Civil Veterinary Department Bihar & Orissa reports 1929-36 - 1929-1936
Year: 1929
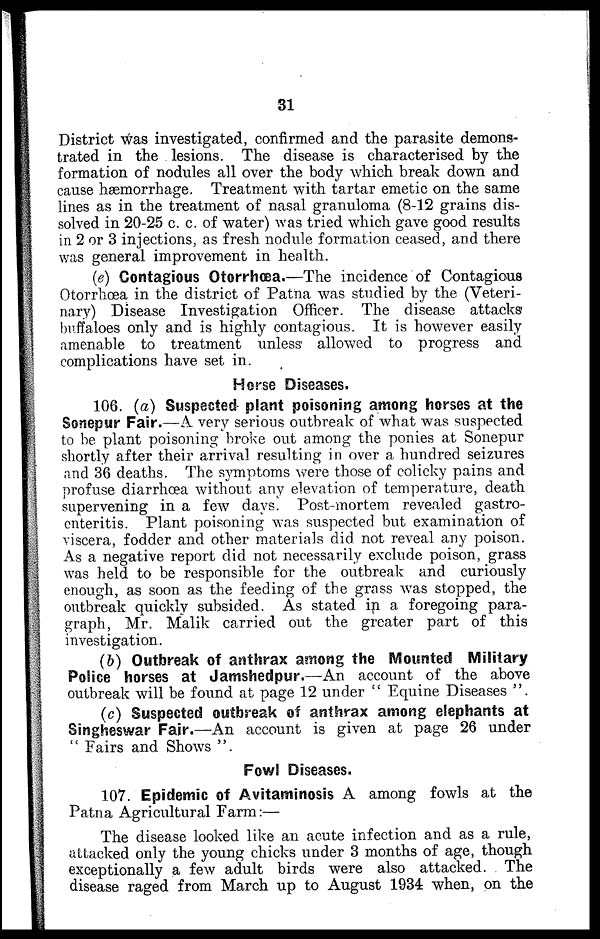
31
District was investigated, confirmed and the parasite demons-
trated in the lesions. The disease is characterised by the
formation of nodules all over the body which break down and
cause hæmorrhage. Treatment with tartar emetic on the same
lines as in the treatment of nasal granuloma (8-12 grains dis-
solved in 20-25 c. c. of water) was tried which gave good results
in 2 or 3 injections, as fresh nodule formation ceased, and there
was general improvement in health.
(e) Contagious Otorrhæa.—The incidence of Contagious
Otorrhæa in the district of Patna was studied by the (Veteri-
nary) Disease Investigation Officer. The disease attacks
buffaloes only and is highly contagious. It is however easily
amenable to treatment unless allowed to progress and
complications have set in.
Horse Diseases.
106. (a) Suspected plant poisoning among horses at the
Sonepur Fair.—A very serious outbreak of what was suspected
to be plant poisoning broke out among the ponies at Sonepur
shortly after their arrival resulting in over a hundred seizures
and 36 deaths. The symptoms were those of colicky pains and
profuse diarrhoea without any elevation of temperature, death
supervening in a few days. Post-mortem revealed gastro-
enteritis. Plant poisoning was suspected but examination of
viscera, fodder and other materials did not reveal any poison.
As a negative report did not necessarily exclude poison, grass
was held to be responsible for the outbreak and curiously
enough, as soon as the feeding of the grass was stopped, the
outbreak quickly subsided. As stated in a foregoing para-
graph, Mr. Malik carried out the greater part of this
investigation.
(b) Outbreak of anthrax among the Mounted Military
Police horses at Jamshedpur.—An account of the above
outbreak will be found at page 12 under " Equine Diseases ".
(c) Suspected outbreak of anthrax among elephants at
Singheswar Fair.—An account is given at page 26 under
Fairs and Shows ".
Fowl Diseases.
107. Epidemic of Avitaminosis A among fowls at the
Patna Agricultural Farm:—
The disease looked like an acute infection and as a rule,
attacked only the young chicks under 3 months of age, though
exceptionally a few adult birds were also attacked. The
disease raged from March up to August 1934 when, on the